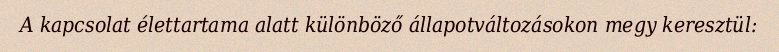
A kapcsolat élettartama alatt különböző állapotváltozásokon megy keresztül: